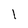
Character: l